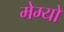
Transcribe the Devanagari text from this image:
मेम्यो